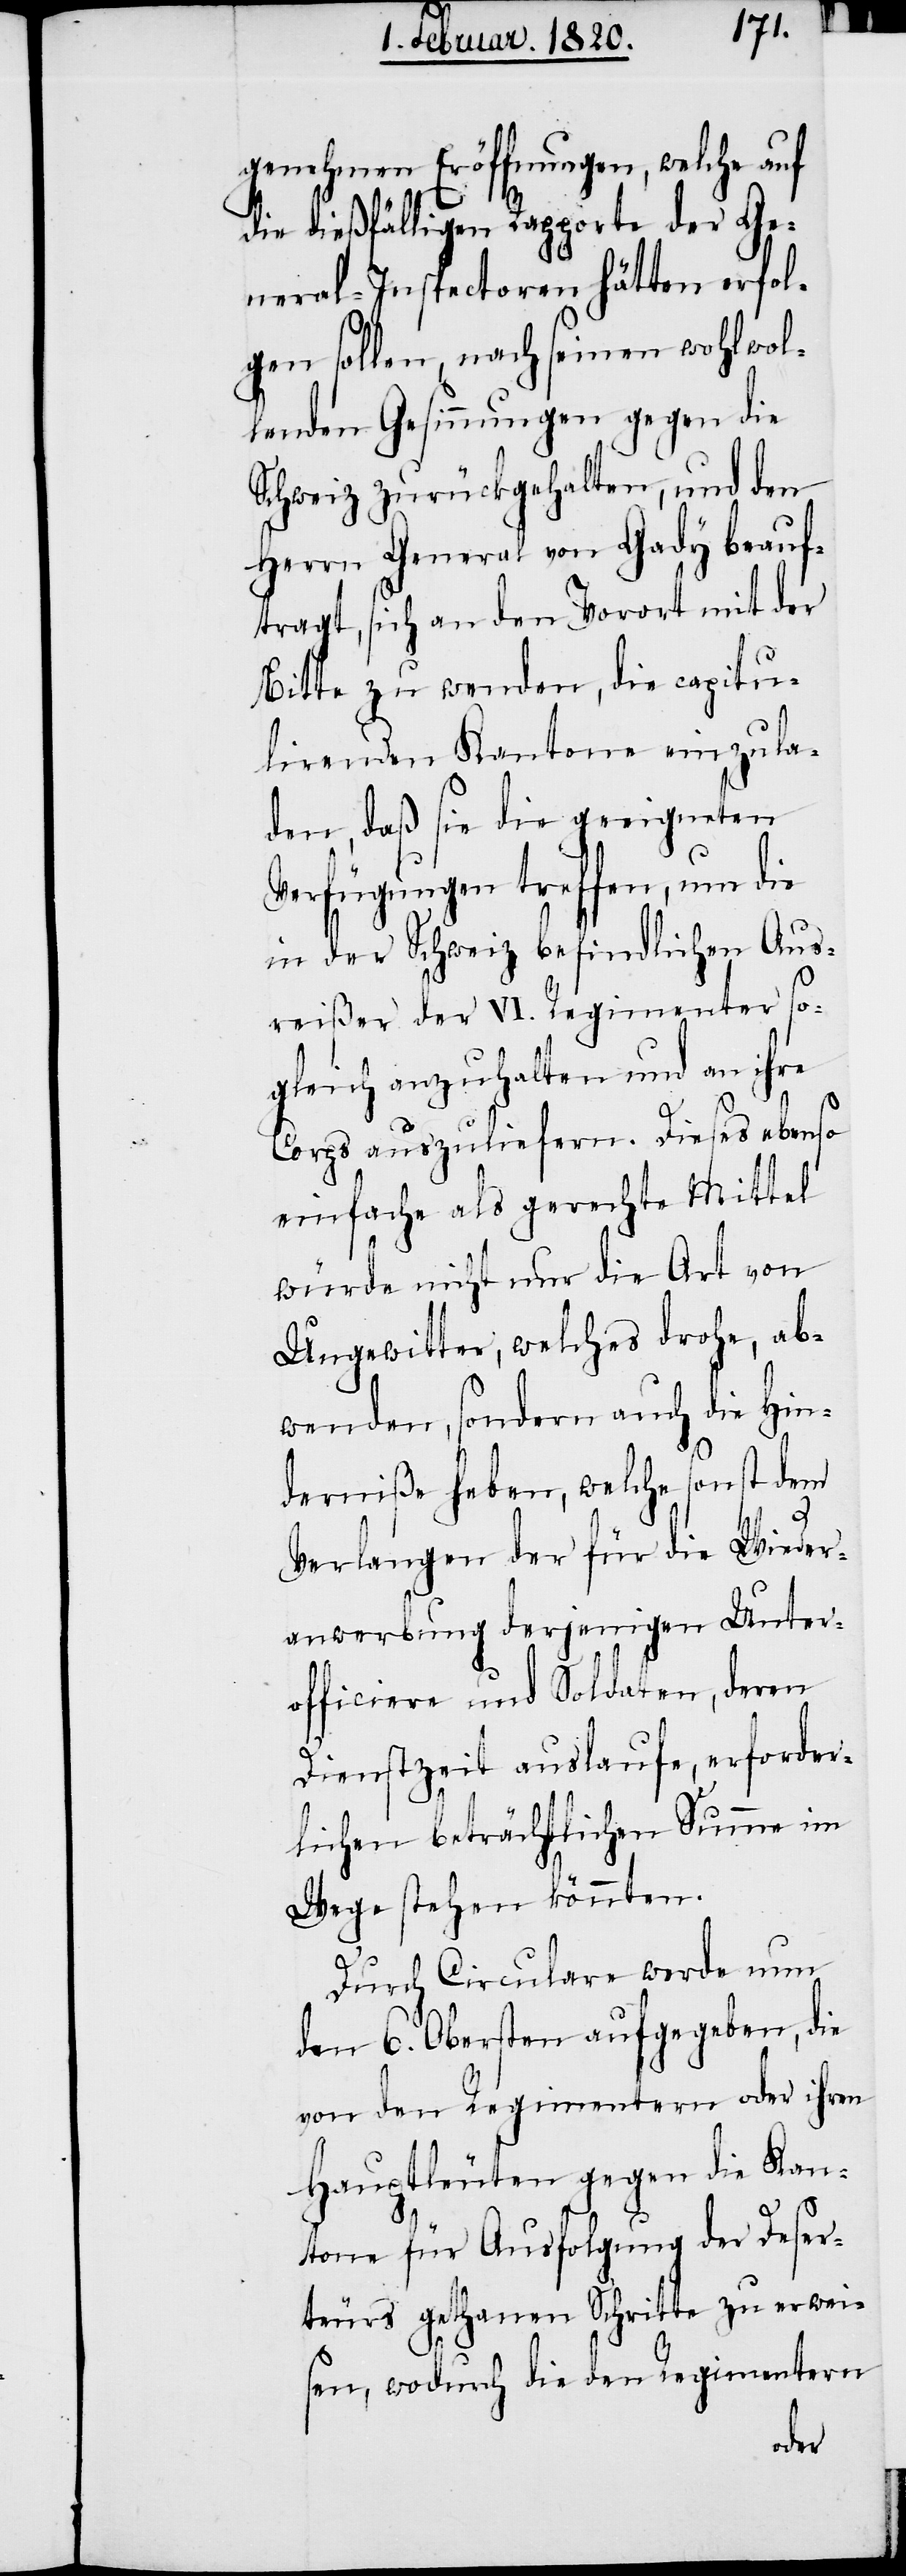
genehmen Eröffnungen, welche auf
die dießfälligen Rapporte der Ge¬
neral-Inspectoren hätten erfol¬
gen sollen, nach seinen wohlwol¬
lenden Gesinnungen gegen die
Schweiz zurückgehalten, und den
Herrn General von Gady beauf¬
tragt, sich an den Vorort mit der
Bitte zu wenden, die capitu¬
lirenden Kantone einzula¬
den, daß sie die geeigneten
Verfügungen treffen, um die
in der Schweiz befindlichen Aus¬
reißer der VI. Regimenter so¬
gleich anzuhalten und an ihre
Corps auszuliefern. Dieses ebenso
einfache als gerechte Mittel
würde nicht nur die Art von
Ungewitter, welches drohe, ab¬
wenden, sondern auch die Hin¬
derniße heben, welche sonst dem
Verlangen der für die Wieder¬
anwerbung derjenigen Unter¬
officiere und Soldaten, deren
Dienstzeit auslaufe, erforder¬
lichen beträchtlichen Summe im
Wege stehen könnten.
Durch Circulare werde nun
den 6. Obersten aufgegeben, die
von den Regimentern oder ihren
Hauptleuten gegen die Kan¬
tone für Ausfolgung der Deser¬
teurs gethanen Schritte zu erwei¬
sen, wodurch die den Regimentern